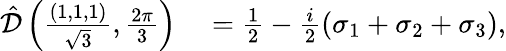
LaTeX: \begin{array}{rl}{\hat{\mathcal{D}}\left(\frac{(1,1,1)}{\sqrt{3}},\frac{2\pi}{3}\right)}&{{}=\frac{1}{2}-\frac{i}{2}(\sigma_{1}+\sigma_{2}+\sigma_{3}),}\end{array}